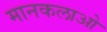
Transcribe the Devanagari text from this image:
मानकलाओ